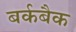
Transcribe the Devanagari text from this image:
बर्कबैक